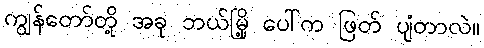
ကျွန်တော်တို့ အခု ဘယ်မြို့ ပေါ်က ဖြတ် ပျံတာလဲ။